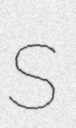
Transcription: S